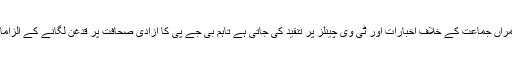
ان کا کہناہے کہ 'حکمراں جماعت کے خلاف اخبارات اور ٹی وی چینلز پر تنقید کی جاتی ہے تاہم بی جے پی کا آزادی صحافت پر قدغن لگانے کے الزامات مضحکہ خیز ہیں'۔